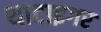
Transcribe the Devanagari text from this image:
थाटाइगर